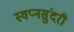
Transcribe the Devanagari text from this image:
स्वप्नसुंदरी